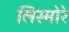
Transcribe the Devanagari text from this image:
लिस्मोरे